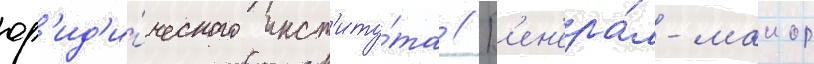
юр'ид'и́ческого инст'иту́та // Г'ен'ера́л-маиор